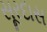
સૂરદાસ